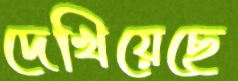
দেখিয়েছে